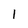
Character: l